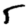
Digit: 5